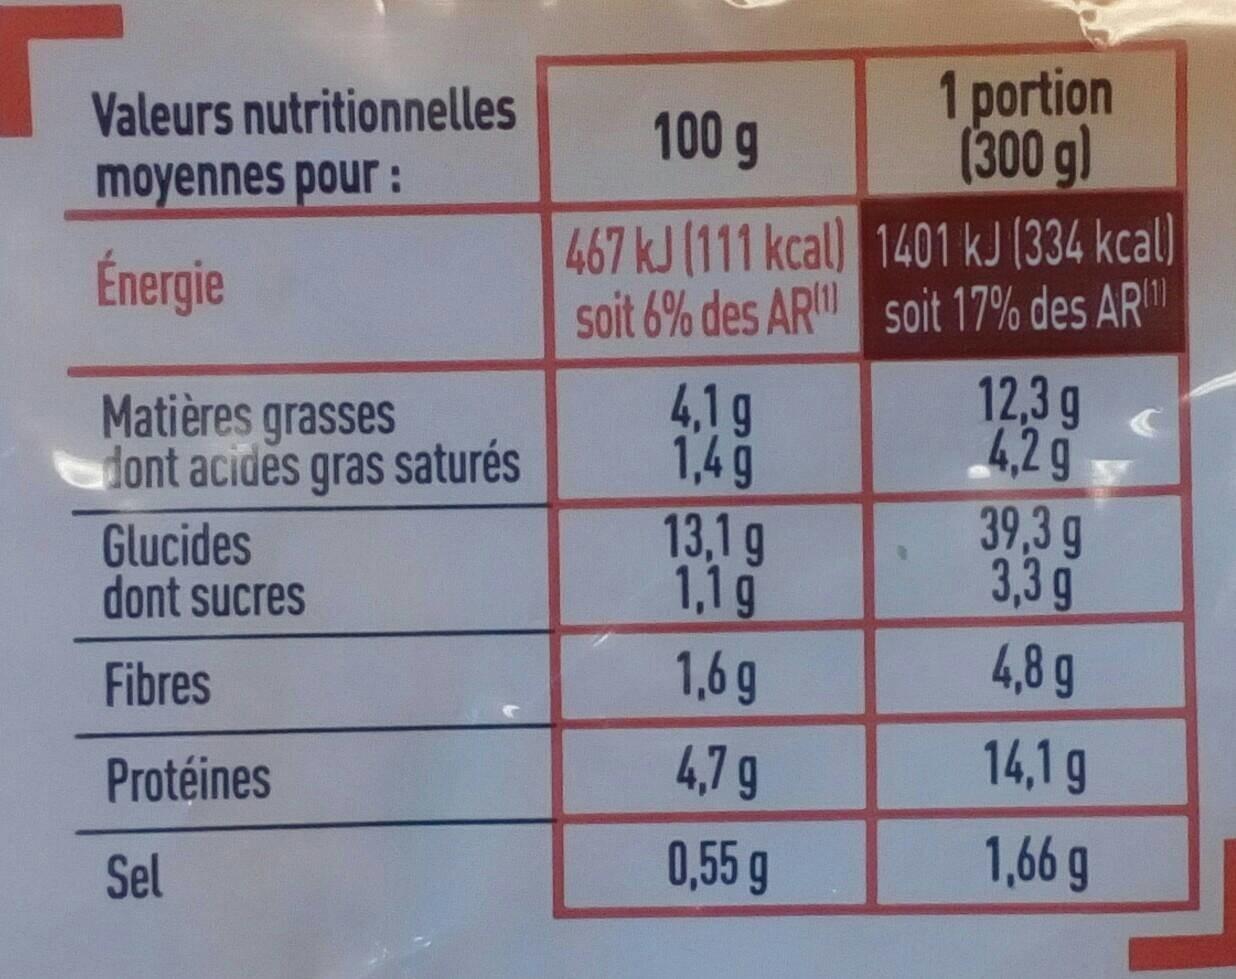
Valeurs nutritionnelles
moyennes pour:
Énergie
Matières grasses dont acides gras saturés
Glucides
dont sucres
Fibres
Protéines
Sel
100 g
467 kJ (111 kcal)
soit 6% des AR
4,1 g
1,49
13,1 g
1,1 g
1,6 g
4,7 g
0,55 g
1 portion (300 g)
1401 kJ (334 kcal)
soit 17% des AR
12,3 g
4,2 g
39,3 g
3,3 g
4,8 g
14,1 g
1,66 g